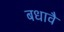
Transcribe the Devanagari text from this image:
बधावै